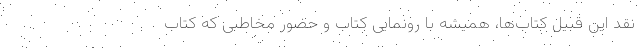
نقد این قبیل کتاب‌ها، همیشه با رونمایی کتاب و حضور مخاطبی که کتاب